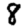
Digit: 8